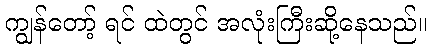
ကျွန်တော့် ရင် ထဲတွင် အလုံးကြီးဆို့နေသည်။